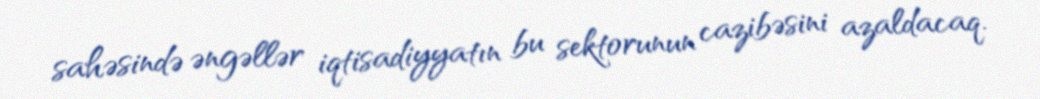
sahəsində əngəllər iqtisadiyyatın bu sektorunun cazibəsini azaldacaq.